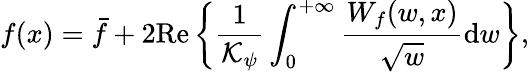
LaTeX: f(x)=\bar{f}+2\mathrm{Re}\left\{ \frac{1}{\mathcal{K}_{\psi}}\int_{0}^{+\infty}\frac{W_{f}(w,x)}{\sqrt{w}}\mathrm{d}w\right\} ,